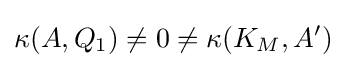
\kappa (A,Q_{1})\neq 0\neq \kappa (K_{M},A')